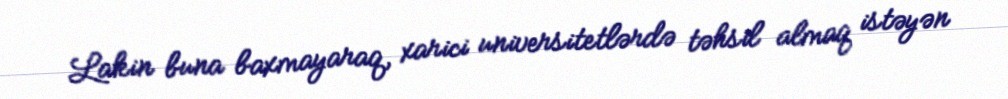
Lakin buna baxmayaraq, xarici universitetlərdə təhsil almaq istəyən